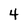
Character: 4